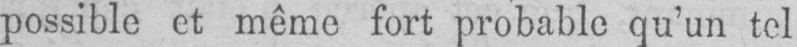
possible et même fort probable qu’un tel